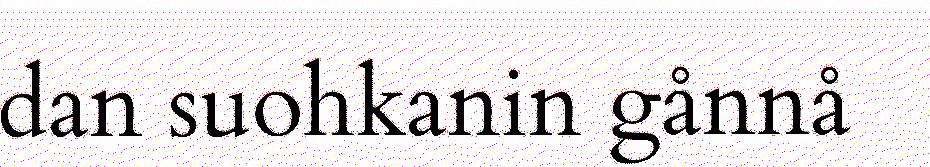
dan suohkanin gånnå